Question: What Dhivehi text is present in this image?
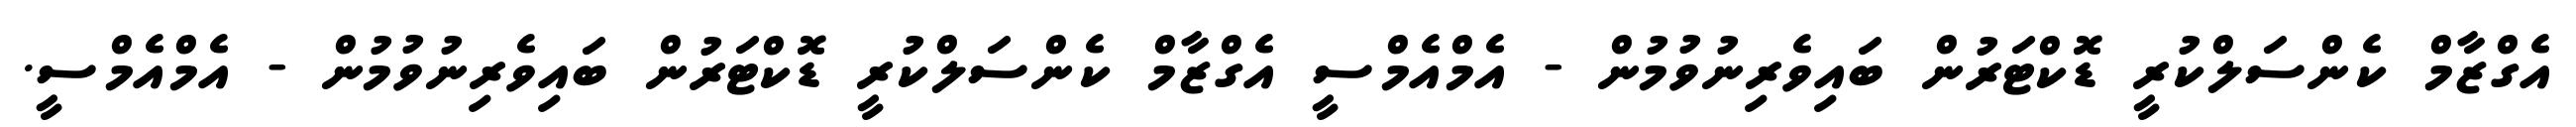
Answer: އެގްޒާމް ކެންސަލްކުރީ ޑޮކްޓަރުން ބައިވެރިނުވުމުން - އެމްއެމްސީ އެގްޒާމް ކެންސަލްކުރީ ޑޮކްޓަރުން ބައިވެރިނުވުމުން - އެމްއެމްސީ.